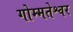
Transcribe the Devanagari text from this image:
गोम्मतेश्वर